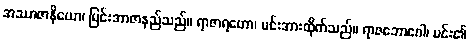
အဿာဇာနိယော၊ မြင်းအာဇာနည်သည်။ ရာဇာရဟော၊ မင်းအားထိုက်သည်။ ရာဇဘောဂေါ၊ မင်း၏